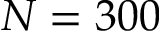
N = 3 0 0